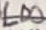
Text: LD0